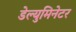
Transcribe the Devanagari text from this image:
डेल्युमिनेटर